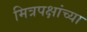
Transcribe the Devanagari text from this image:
मित्रपक्षांच्या